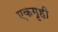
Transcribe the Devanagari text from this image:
एकगृही